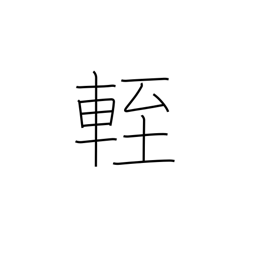
Meaning: low